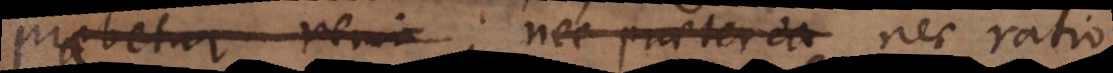
praebetur remin nec praeterea nec ratio